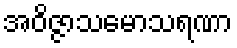
အဝိဇ္ဇာသမောသရဏာ